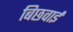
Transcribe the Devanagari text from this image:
बिछवाई